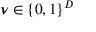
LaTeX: { \boldsymbol { \nu } } \in \{ 0 , 1 \} ^ { D }